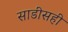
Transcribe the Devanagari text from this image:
साडीसही